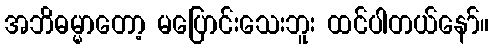
အဘိဓမ္မာတော့ မပြောင်းသေးဘူး ထင်ပါတယ်နော်။